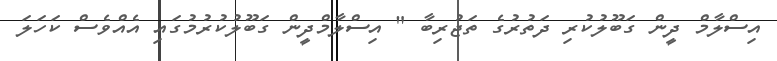
އިސްލާމް ދީން ގަބޫލުކުރި ދަތުރުގެ ތަޖުރިބާ " އިސްލާމްދީން ގަބޫލުކުރުމުގައި އެއްވެސް ކަހަލަ